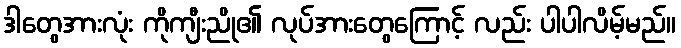
ဒါတွေအားလုံး ကိုကျီးညို၏ လုပ်အားတွေကြောင့် လည်း ပါပါလိမ့်မည်။